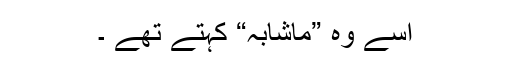
اِسے وہ ”ماشابہ“ کہتے تھے ۔